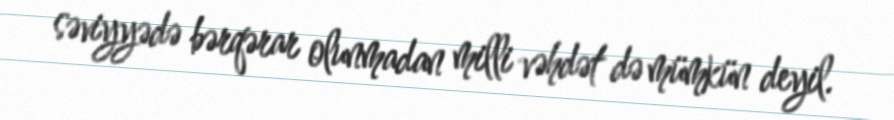
səviyyədə bərqərar olunmadan milli vəhdət də mümkün deyil.